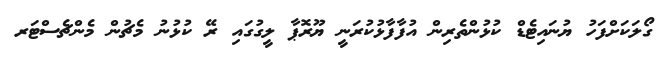
ގޯލަކަށްފަހު ޔުނައިޓެޑް ކުޅުންތެރިން އުފާފާޅުކުރަނީ ޔޫރޮޕާ ލީގުގައި ރޭ ކުޅުނު މެޗުން މެންޗެސްޓަރ